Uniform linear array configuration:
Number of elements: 32
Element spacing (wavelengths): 1
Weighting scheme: kaiser
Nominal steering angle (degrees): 45
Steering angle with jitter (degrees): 45.068
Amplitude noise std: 0.05
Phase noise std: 0.05

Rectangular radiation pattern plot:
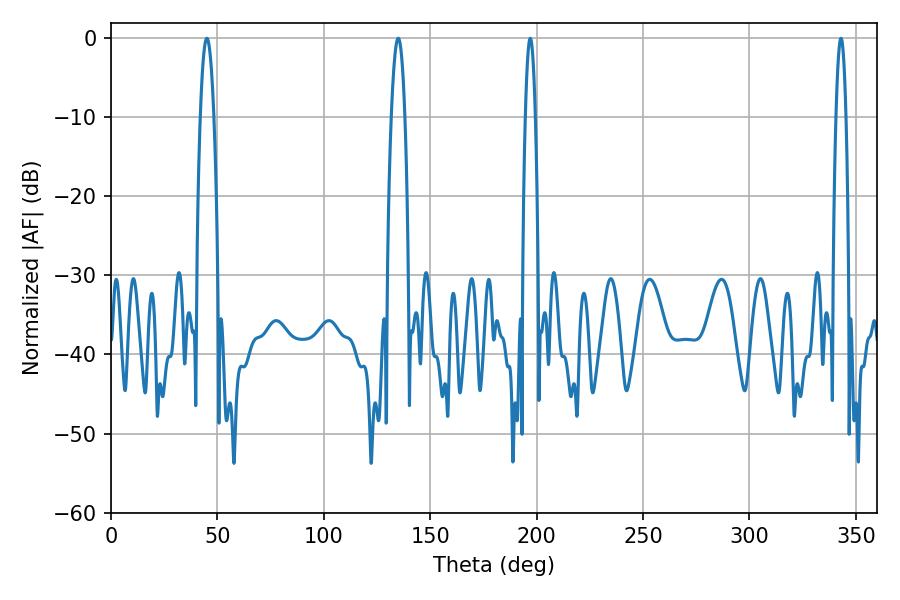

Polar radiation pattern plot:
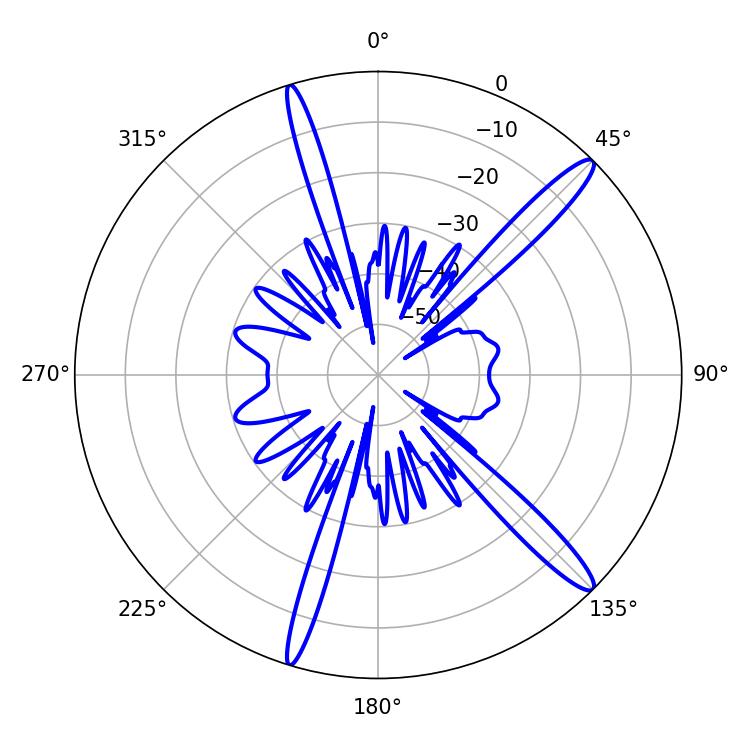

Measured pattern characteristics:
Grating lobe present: TRUE
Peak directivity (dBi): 14.862
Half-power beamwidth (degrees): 3.42
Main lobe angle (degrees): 45